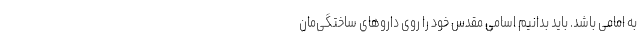
به امامی باشد. باید بدانیم اسامی مقدس خود را روی داروهای ساختگی‌مان